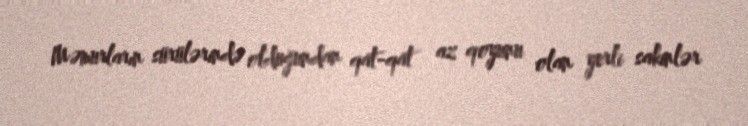
Məmurların sürülərində olduğundan qat-qat az qoyunu olan yerli sakinlər